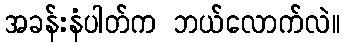
အခန်းနံပါတ်က ဘယ်လောက်လဲ။